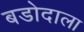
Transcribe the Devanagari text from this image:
बडोदाला